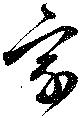
家